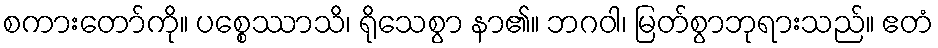
စကားတော်ကို။ ပစ္စေဿာသိ၊ ရိုသေစွာ နာ၏။ ဘဂဝါ၊ မြတ်စွာဘုရားသည်။ ဧတံ